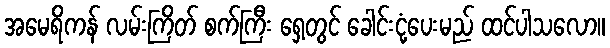
အမေရိကန် လမ်းကြိတ် စက်ကြီး ရှေ့တွင် ခေါင်းငုံ့ပေးမည် ထင်ပါသလော။